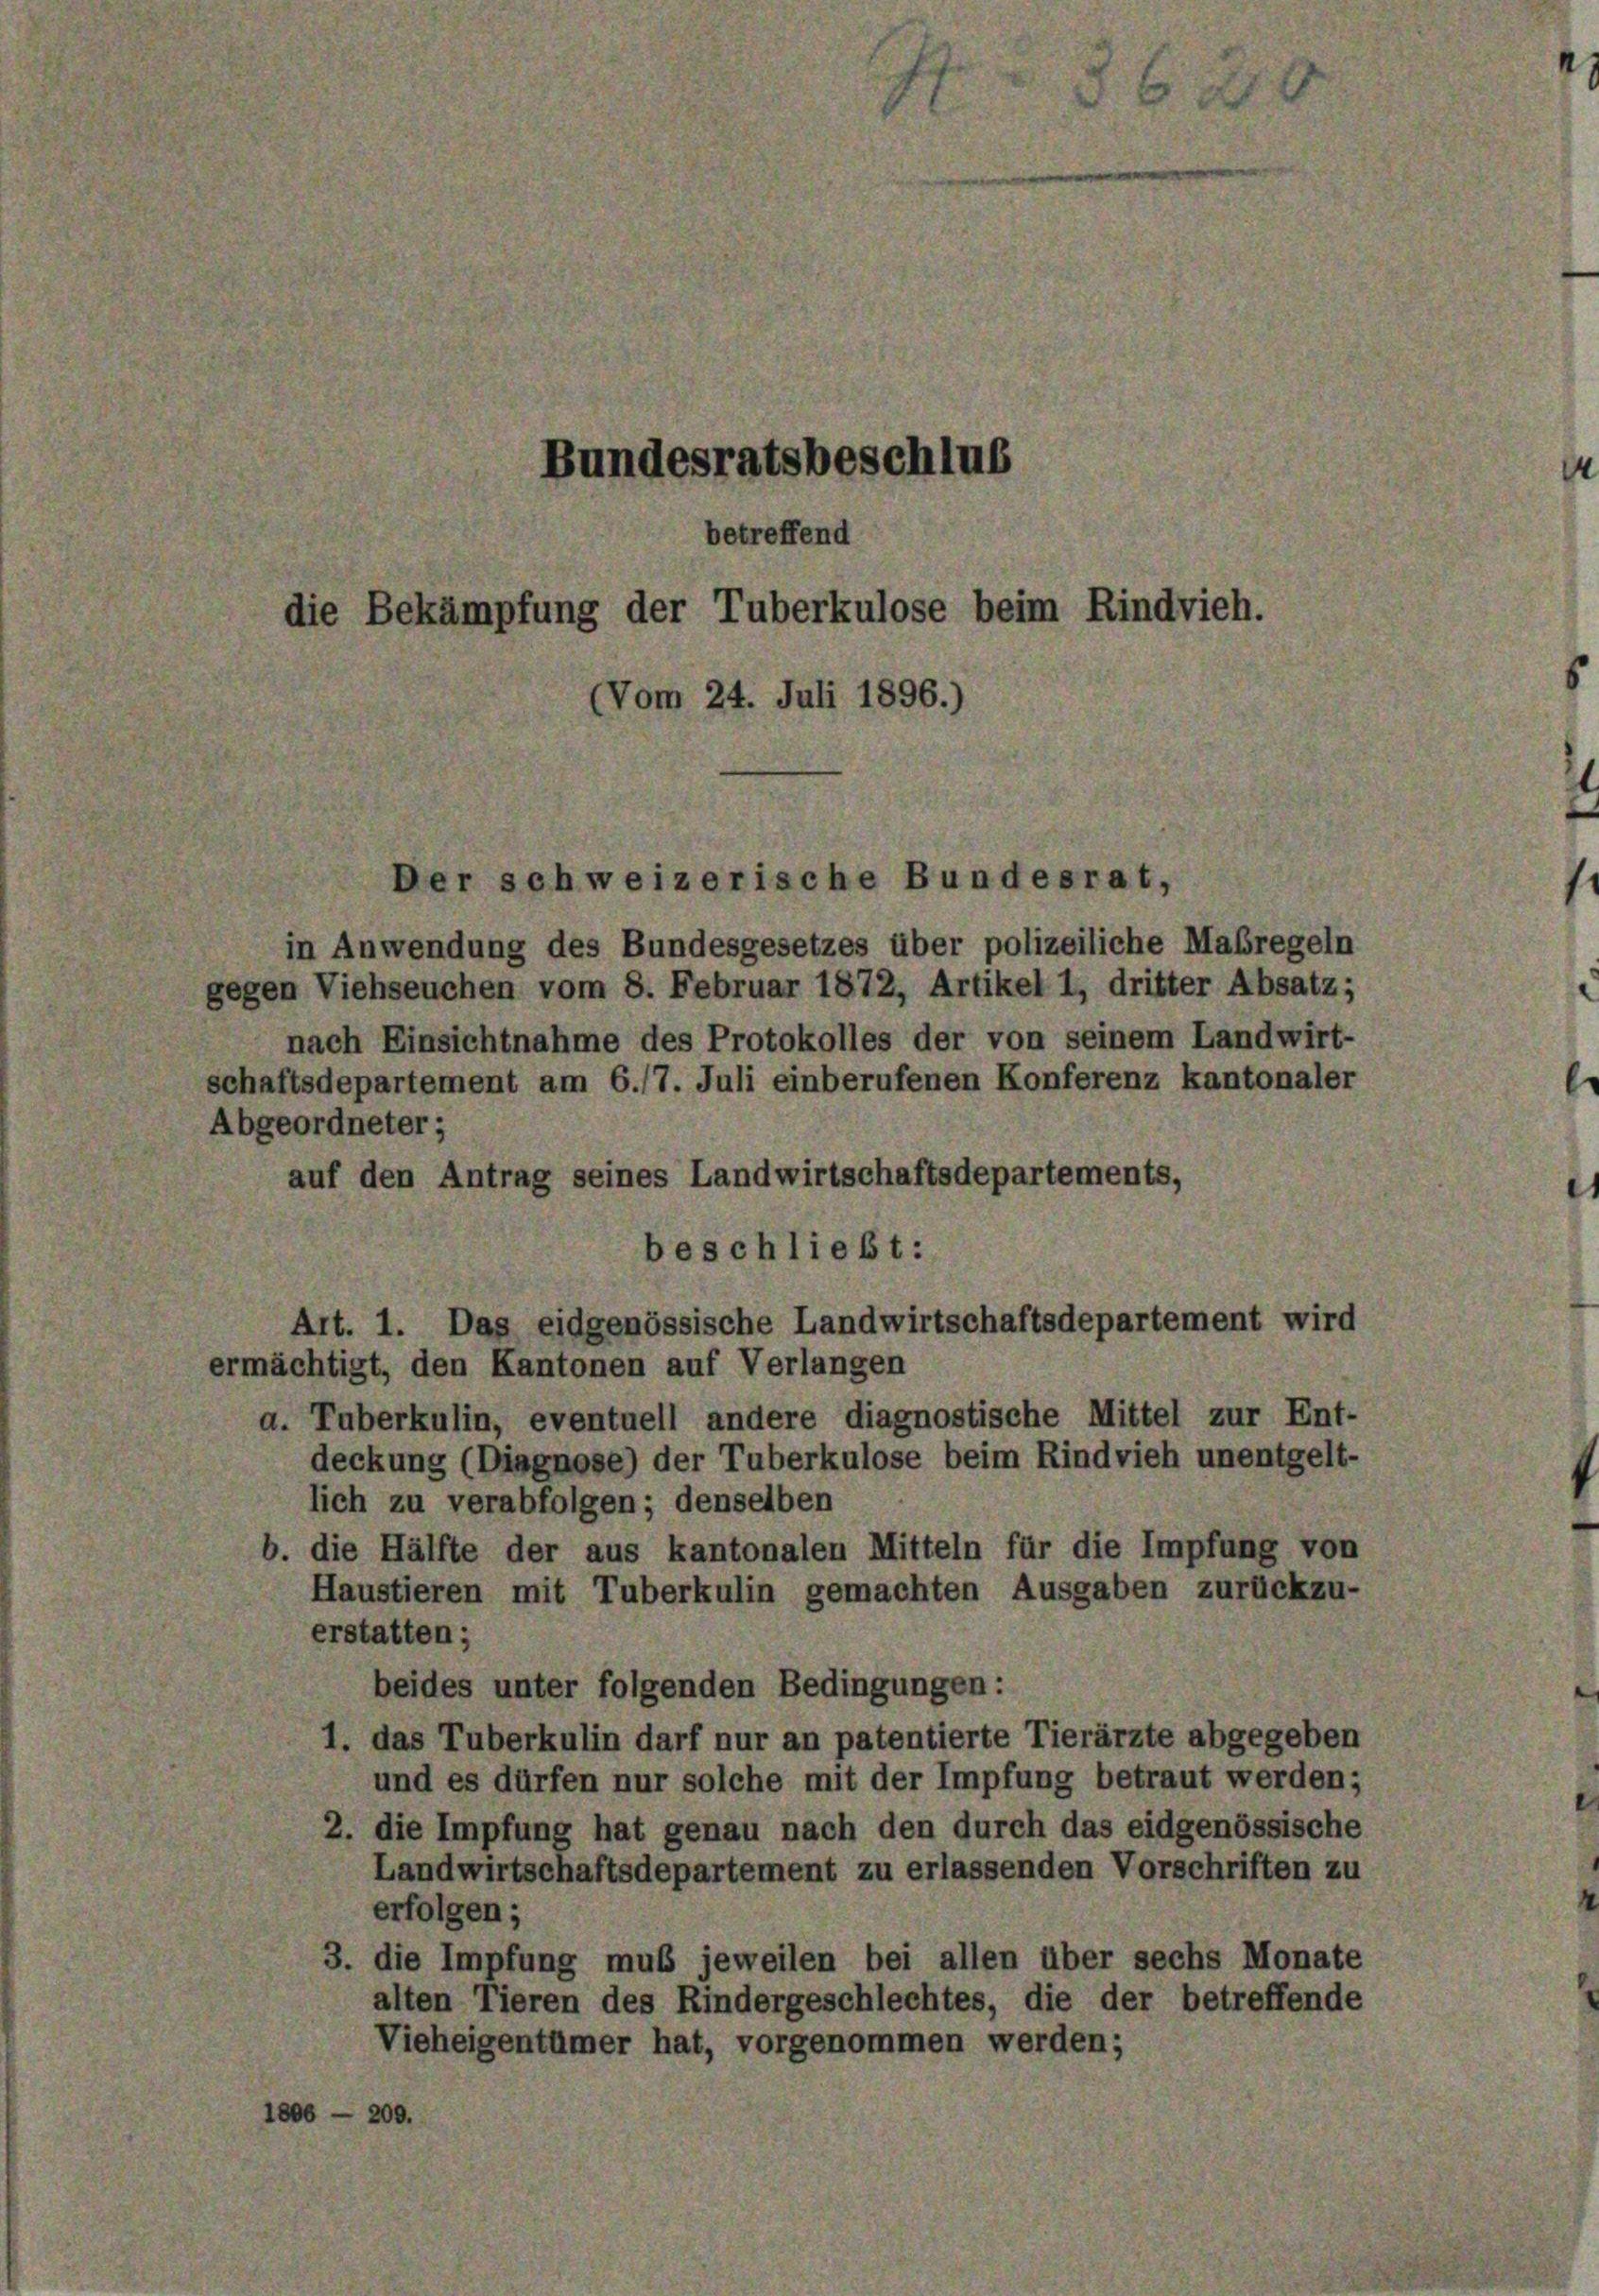
in Anwendung des Bundesgesetzes über polizeiliche Maßregeln
gegen Viehseuchen vom 8. Februar 1872, Artikel 1, dritter Absatz;
nach Einsichtnahme des Protokolles der von seinem Landwirt-
schaftsdepartement am 6./7. Juli einberufenen Konferenz kantonaler
Abgeordneter;
auf den Antrag seines Landwirtschaftsdepartements,
eschließt:
Art. 1. Das eidgenössische Landwirtschaftsdepartement wird
ermächtigt, den Kantonen auf Verlangen
a. Tuberkulin, eventuell andere diagnostische Mittel zur Ent-
deckung (Diagnose) der Tuberkulose beim Rindvieh unentgelt-
lich zu verabfolgen; denselben
die Hälfte der aus kantonalen Mitteln für die Impfung von
Haustieren mit Tuberkulin gemachten Ausgaben zurückzu-
erstatten;
beides unter folgenden Bedingungen:
das Tuberkulin darf nur an patentierte Tierärzte abgegeben
und es dürfen nur solche mit der Impfung betraut werden;
2. die Impfung hat genau nach den durch das eidgenössische
Landwirtschaftsdepartement zu erlassenden Vorschriften zu
erfolgen;
die Impfung muß jeweilen bei allen über sechs Monate
alten Tieren des Rindergeschlechtes, die der betreffende
Vieheigentümer hat, vorgenommen werden;
806 - 200.

Bundesratsbeschlus
betreffend
die Bekämpfung der Tuberkulose beim Rindvieh.
om 24. Juli 1896.)

er schweizerische Bundesrat,